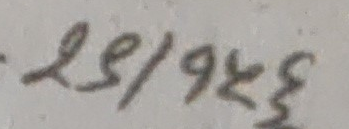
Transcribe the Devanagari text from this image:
२९/१९४६